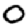
Digit: 0